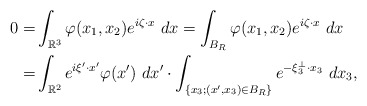
\begin{align*}0=&\int_{\mathbb{R}^3} \varphi(x_1, x_2) e^{i\zeta\cdot x}\ dx=\int_{B_R} \varphi(x_1, x_2) e^{i\zeta\cdot x}\ dx\\=&\int_{\mathbb{R}^2} e^{i\xi'\cdot x'}\varphi(x')\ dx'\cdot \int_{\{x_3; (x', x_3)\in B_R\}} e^{-\xi_3^\perp\cdot x_3}\ dx_3,\end{align*}